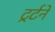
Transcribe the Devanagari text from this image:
ट्रर्टने